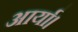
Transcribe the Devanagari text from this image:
आर्या।